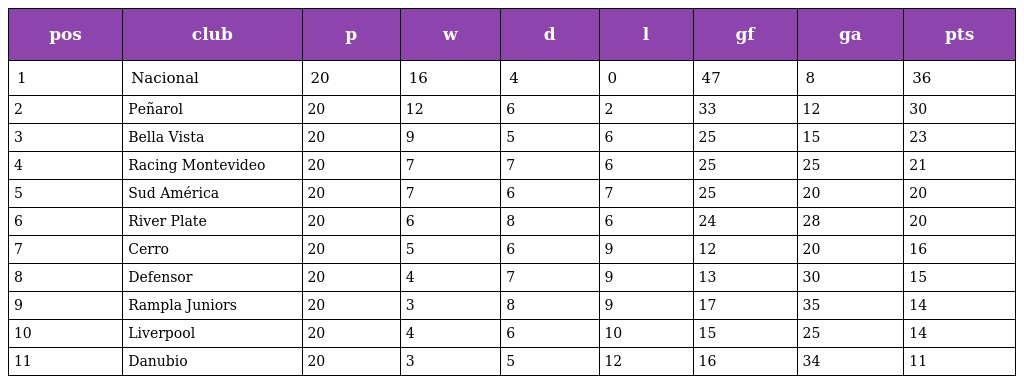
| pos | club | p | w | d | l | gf | ga | pts |
 | --- | --- | --- | --- | --- | --- | --- | --- | --- |
 | 1 | Nacional | 20 | 16 | 4 | 0 | 47 | 8 | 36 |
 | 2 | Peñarol | 20 | 12 | 6 | 2 | 33 | 12 | 30 |
 | 3 | Bella Vista | 20 | 9 | 5 | 6 | 25 | 15 | 23 |
 | 4 | Racing Montevideo | 20 | 7 | 7 | 6 | 25 | 25 | 21 |
 | 5 | Sud América | 20 | 7 | 6 | 7 | 25 | 20 | 20 |
 | 6 | River Plate | 20 | 6 | 8 | 6 | 24 | 28 | 20 |
 | 7 | Cerro | 20 | 5 | 6 | 9 | 12 | 20 | 16 |
 | 8 | Defensor | 20 | 4 | 7 | 9 | 13 | 30 | 15 |
 | 9 | Rampla Juniors | 20 | 3 | 8 | 9 | 17 | 35 | 14 |
 | 10 | Liverpool | 20 | 4 | 6 | 10 | 15 | 25 | 14 |
 | 11 | Danubio | 20 | 3 | 5 | 12 | 16 | 34 | 11 |